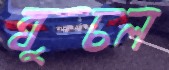
ঘুচল